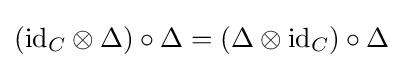
(\mathrm {id} _{C}\otimes \Delta )\circ \Delta =(\Delta \otimes \mathrm {id} _{C})\circ \Delta